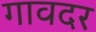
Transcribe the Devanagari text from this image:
गावदर